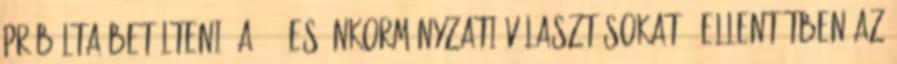
próbálta betölteni: a ´94-es önkormányzati választásokat - ellentétben az